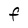
Character: F